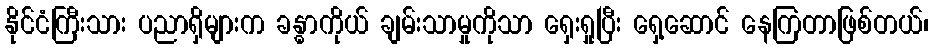
နိုင်ငံကြီးသား ပညာရှိများက ခန္ဓာကိုယ် ချမ်းသာမှုကိုသာ ရှေးရှုပြီး ရှေ့ဆောင် နေကြတာဖြစ်တယ်၊